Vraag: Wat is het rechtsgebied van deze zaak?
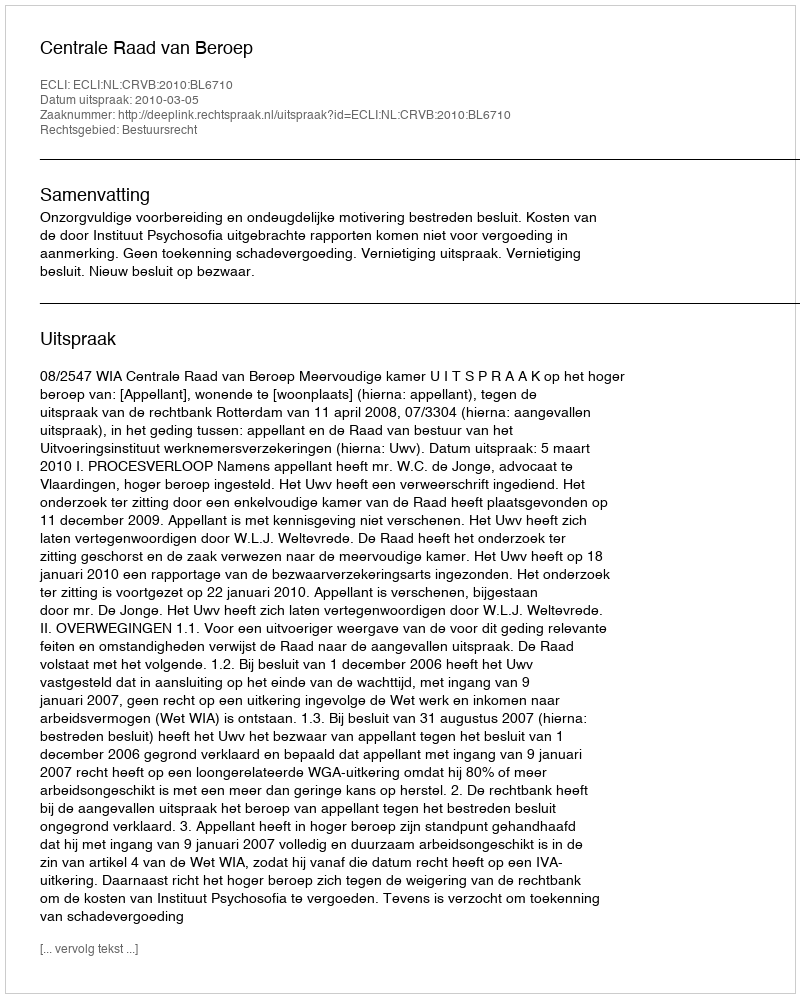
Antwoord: Bestuursrecht